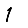
Digit: 1